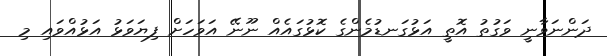
ދަންނަވާނީ ވަގުތު އޮތީ އަޅުގަނޑުމެންގެ ކޮޅުގައެއް ނޫނޭ އަވަހަށް ފިޔަވަޅު އަޅުއްވައި މި